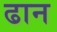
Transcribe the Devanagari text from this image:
ढान